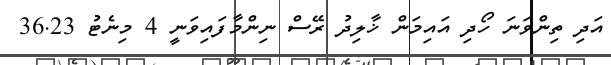
އަދި ތިންވަނަ ހޯދި އައިމަން ޚާލިދު ރޭސް ނިންމާފައިވަނީ 4 މިނެޓު 36.23